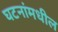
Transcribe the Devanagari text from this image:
घटनांमधील